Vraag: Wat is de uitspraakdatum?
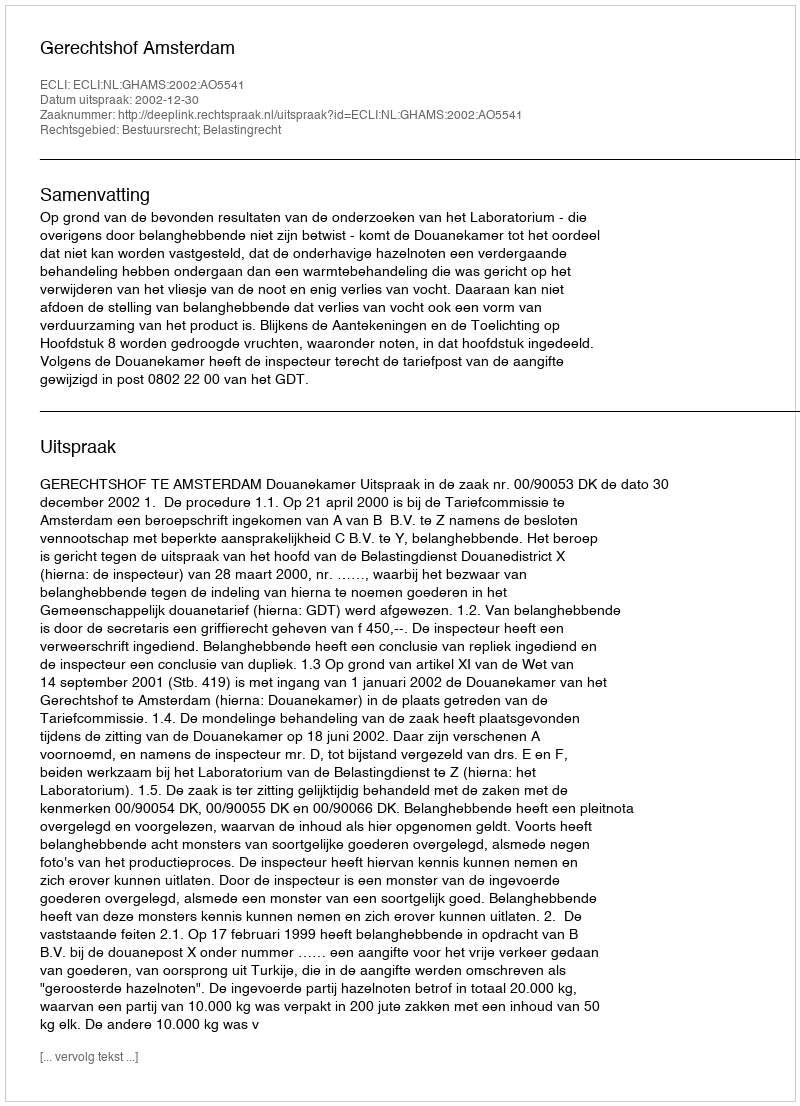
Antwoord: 2002-12-30